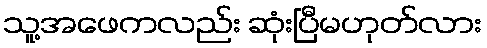
သူ့အဖေကလည်း ဆုံးပြီမဟုတ်လား